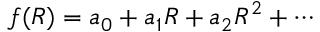
f ( R ) = a _ { 0 } + a _ { 1 } R + a _ { 2 } R ^ { 2 } + \cdots